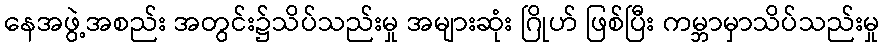
နေအဖွဲ့အစည်း အတွင်း၌သိပ်သည်းမှု အများဆုံး ဂြိုဟ် ဖြစ်ပြီး ကမ္ဘာမှာသိပ်သည်းမှု